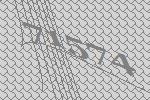
71574